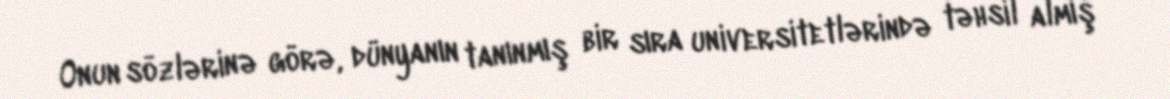
Onun sözlərinə görə, dünyanın tanınmış bir sıra universitetlərində təhsil almış